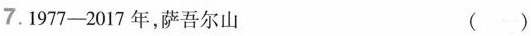
7.1977-2017年，萨吾尔山 ( )